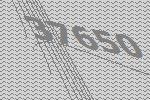
37650